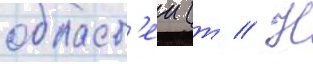
област'еи (т // Н